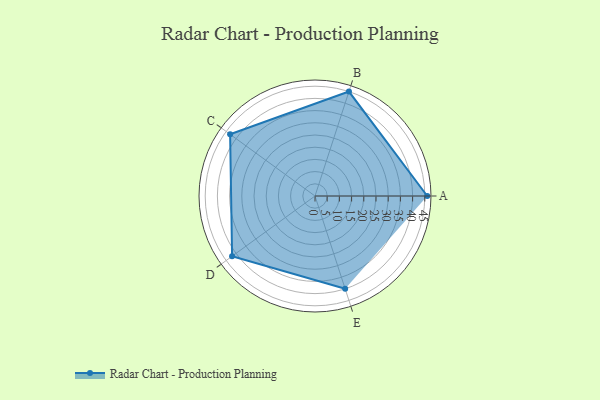
{"axis": {"x": "Skill", "y": "Score"}, "legend": ["Profile"], "data": [{"x": "A", "y": 46.0, "type": "Profile"}, {"x": "B", "y": 45.0, "type": "Profile"}, {"x": "C", "y": 43.0, "type": "Profile"}, {"x": "D", "y": 42.0, "type": "Profile"}, {"x": "E", "y": 40.0, "type": "Profile"}]}